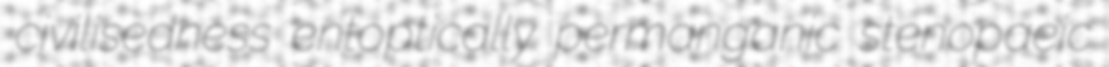
civilisedness entoptically permanganic stenopaeic